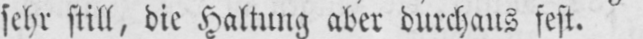
sehr still, die Haltung aber durchaus fest.